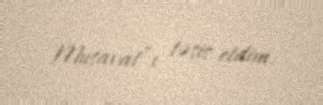
Musavat”ı təsis etdim.